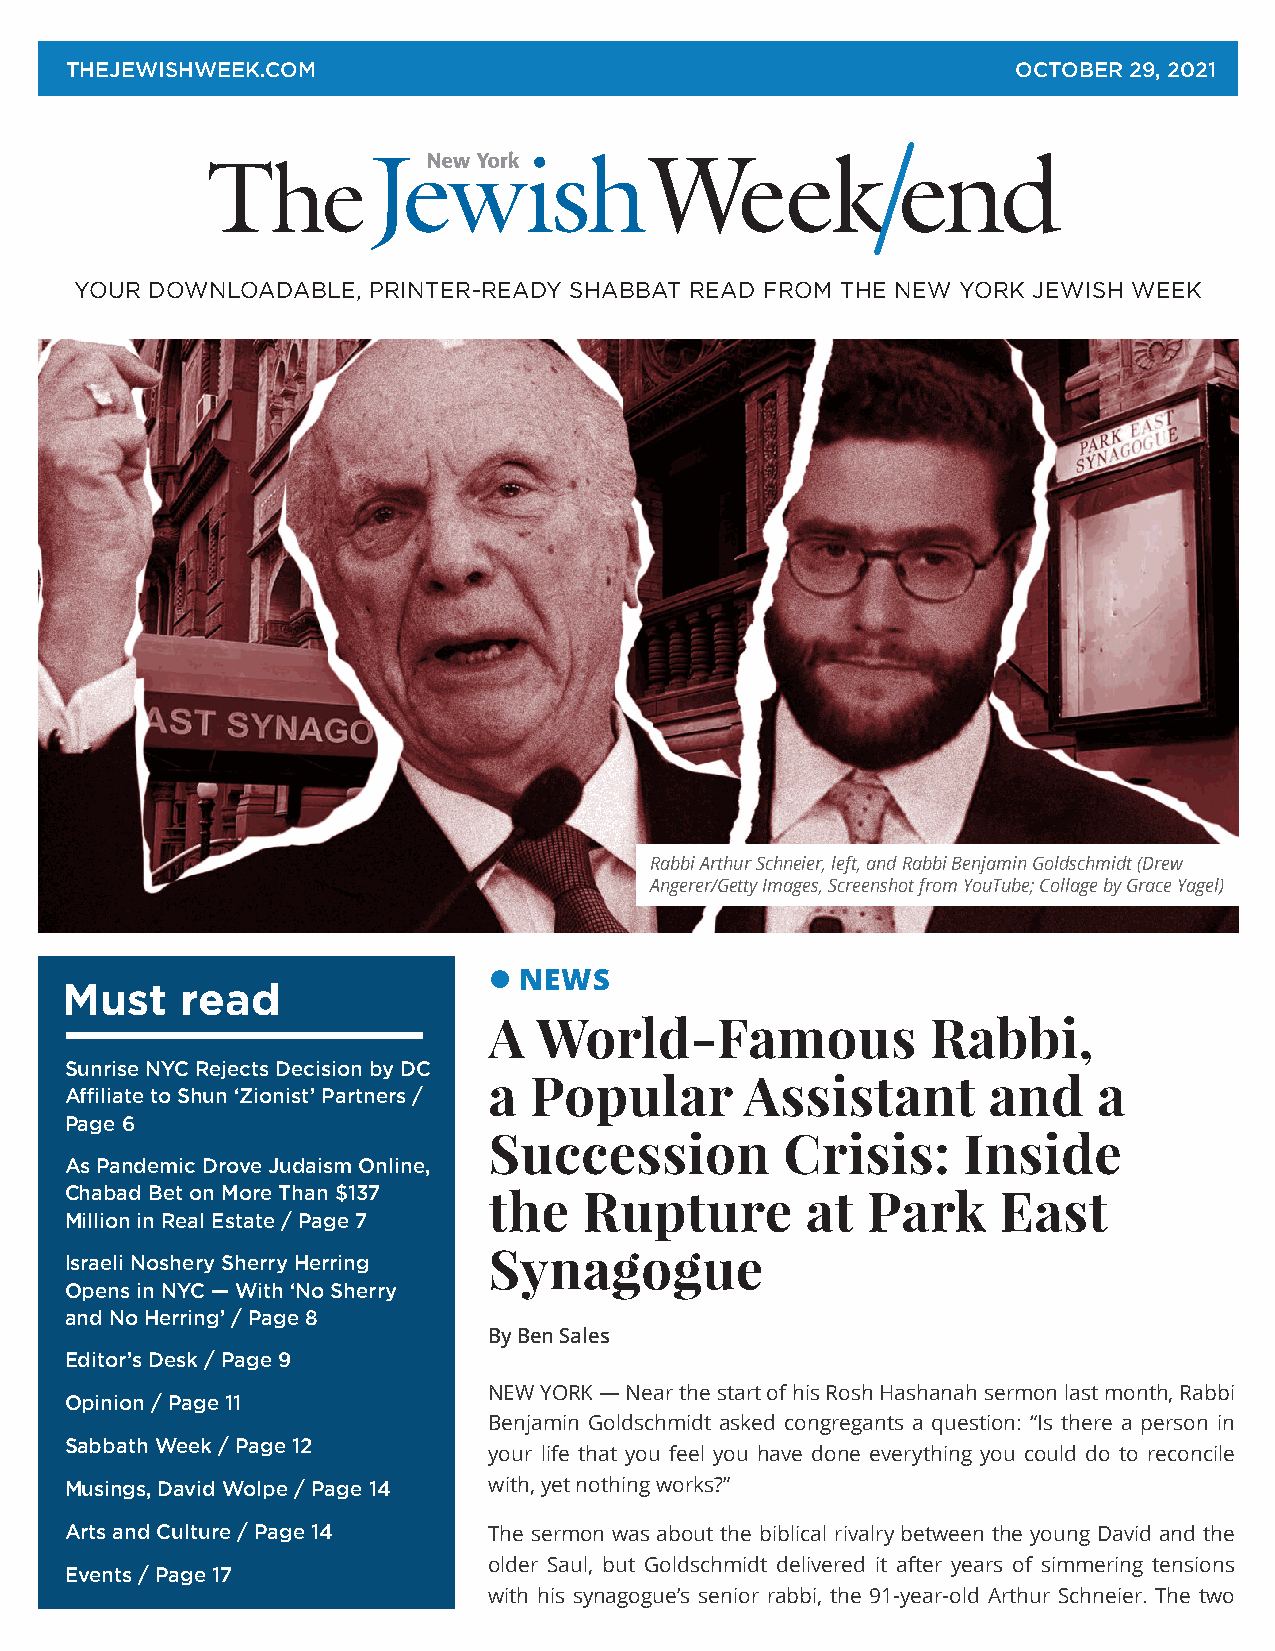
THEJEWISHWEEK.COM                                              OCTOBER 29, 2021
 end
 YOUR DOWNLOADABLE, PRINTER-READY SHABBAT READ FROM THE NEW YORK JEWISH WEEK
 Rabbi Arthur Schneier, left, and Rabbi Benjamin Goldschmidt (Drew
 Angerer/Getty Images, Screenshot from YouTube; Collage by Grace Yagel)
 NEWS
 Must    read
 A   World-Famous              Rabbi,
 Sunrise NYC Rejects Decision by DC
 a  Popular       Assistant       and     a
 Affiliate to Shun ‘Zionist’ Partners /
 Page 6
 Succession          Crisis:     Inside
 As Pandemic Drove Judaism Online,
 Chabad Bet on More Than $137 the   Rupture       at  Park     East
 Million in Real Estate / Page 7
 Synagogue
 Israeli Noshery Sherry Herring
 Opens in NYC — With ‘No Sherry
 and No Herring’ / Page 8
 By Ben Sales
 Editor’s Desk / Page 9
 NEW YORK — Near the start of his Rosh Hashanah sermon last month, Rabbi
 Opinion / Page 11
 Benjamin Goldschmidt asked congregants a question: “Is there a person in
 Sabbath Week / Page 12
 your life that you feel you have done everything you could do to reconcile
 Musings, David Wolpe / Page 14 with, yet nothing works?”
 Arts and Culture / Page 14  The sermon was about the biblical rivalry between the young David and the
 older Saul, but Goldschmidt delivered it after years of simmering tensions
 Events / Page 17
 with his synagogue’s senior rabbi, the 91-year-old Arthur Schneier. The two